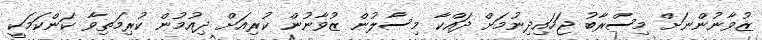
ޒުވާނުންނަށް މިސްރާބު ޖަހައިދިނުމަށް ދައްކާ މިސާލުން ޒުވާނުން ކުރިއަށް ދިއުމުން ކުރިމަތިވާ ކަންކަމަކީ